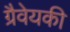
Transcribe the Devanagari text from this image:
ग्रैवेयकी